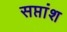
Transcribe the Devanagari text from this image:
सप्तांश